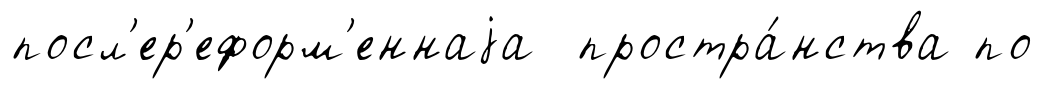
посл'ер'еформ'еннаjа простра́нства по